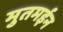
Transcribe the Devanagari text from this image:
मुतमईन